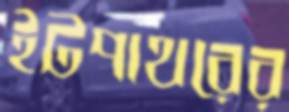
ইটপাথরের